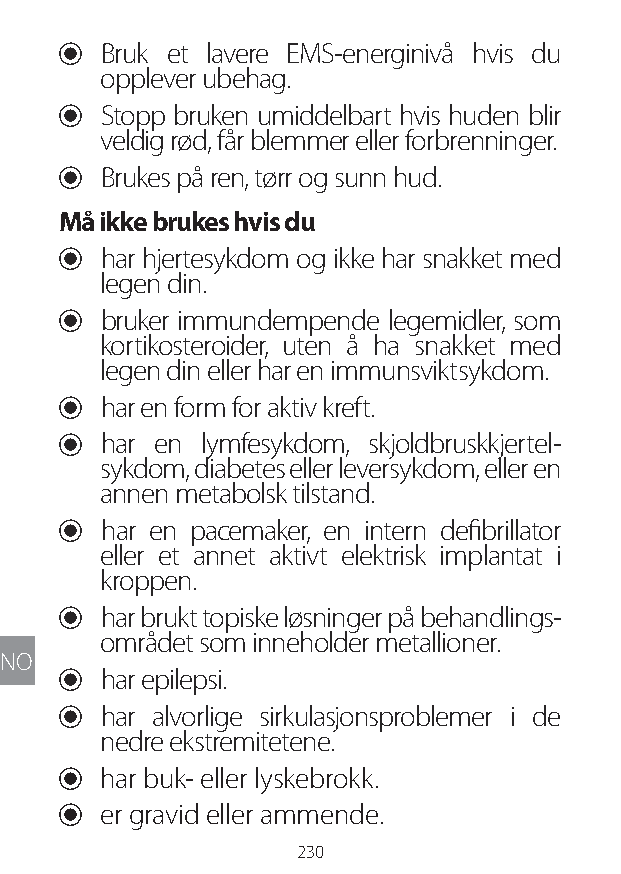
U Bruk et lavere EMS-energinivå hvis du
 opplever ubehag.
 U Stopp bruken umiddelbart hvis huden blir
 veldig rød, får blemmer eller forbrenninger.
 U Brukes på ren, tørr og sunn hud.
 Må ikke brukes hvis du
 U har hjertesykdom og ikke har snakket med
 legen din.
 U bruker immundempende legemidler, som
 kortikosteroider, uten å ha snakket med
 legen din eller har en immunsviktsykdom.
 U har en form for aktiv kreft.
 U har en lymfesykdom, skjoldbruskkjertel-
 sykdom, diabetes eller leversykdom, eller en
 annen metabolsk tilstand.
 U har en pacemaker, en intern defibrillator
 eller et annet aktivt elektrisk implantat i
 kroppen.
 U har brukt topiske løsninger på behandlings-
 området som inneholder metallioner.
 NO
 U har epilepsi.
 U har alvorlige sirkulasjonsproblemer i de
 nedre ekstremitetene.
 U har buk- eller lyskebrokk.
 U er gravid eller ammende.
 230
 Lipo UM EU124 3545B inside ALL EU124 ED296-24 release.indd 230 14/08/2018 10:57:46